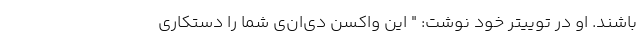
باشند. او در توییتر خود نوشت: " این واکسن دی‌ان‌ی شما را دستکاری